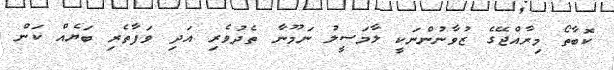
ކޮބާތޯ މިރާއްޖޭގެ ޒުވާނުންނަކީ ލާމަސީލު ނަމޫނާ ތެދުވެރި އަދި ވަފާތެރި ބަޔެއް ކަން